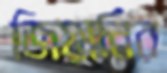
জিয়ানির